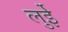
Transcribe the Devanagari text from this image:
लुईे